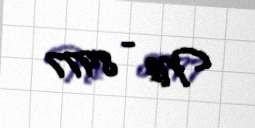
№ - 8977